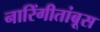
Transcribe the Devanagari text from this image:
नारिंगीतांबूस